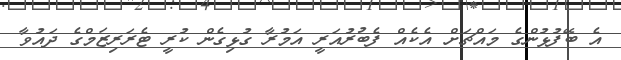
އެ ބޭފުޅުންގެ މައްޗަށް އެކެއް ފެބުރުއަރީ އަމުރާ ގުޅިގެން ކުރީ ޓެރަރިޒަމްގެ ދައުވާ